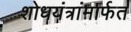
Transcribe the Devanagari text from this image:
शोधयंत्रांमार्फत